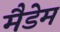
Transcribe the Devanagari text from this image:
मैडेम